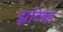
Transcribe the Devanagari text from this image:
झटिका